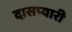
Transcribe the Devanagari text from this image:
दासप्यारी